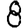
Digit: 8